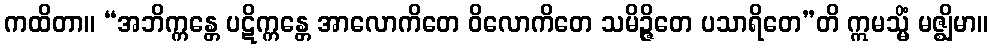
ကထိတာ။ “အဘိက္ကန္တေ ပဋိက္ကန္တေ အာလောကိတေ ဝိလောကိတေ သမိဉ္ဇိတေ ပသာရိတေ”တိ ဣမသ္မိံ မဇ္ဈိမာ။